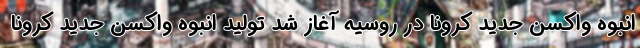
انبوه واکسن جدید کرونا در روسیه آغاز شد تولید انبوه واکسن جدید کرونا